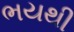
ભયથી